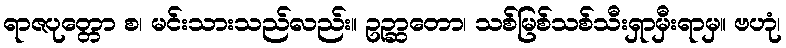
ရာဇပုတ္တော စ၊ မင်းသားသည်လည်း။ ဥဉ္ဆာတော၊ သစ်မြစ်သစ်သီးရှာမှီးရာမှ။ ဗဟုံ၊